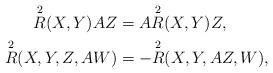
LaTeX: \begin{align*}\overset{2}{R} (X,Y)AZ & = A\overset{2}{R} (X,Y)Z, \\\overset{2}{R} (X,Y,Z,AW) & = - \overset{2}{R} (X,Y,AZ,W),\end{align*}